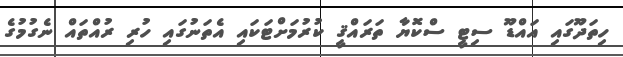
ހިތަދޫގައި އައްޑޫ ސިޓީ ސްކޮޔާ ތަރައްޤީ ކުރުމަށްޓަކައި އެތަނުގައި ހުރި ރުއްތައް ނެގުމުގެ